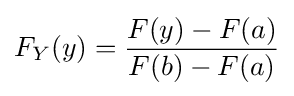
F_{Y}(y)={\frac {F(y)-F(a)}{F(b)-F(a)}}